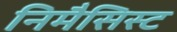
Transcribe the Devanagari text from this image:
निमैसिस्ट